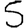
Digit: 5